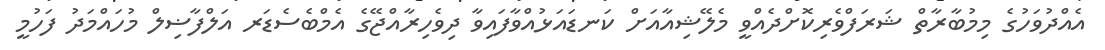
އެއްދުވަހުގެ މިމުބާރާތް ޝަރަފްވެރިކޮށްދެއްވީ މެލޭޝިއާއަށް ކަނޑައަޅުއްވާފައިވާ ދިވެހިރާއްޖޭގެ އެމްބެސެޑަރ އަލްފާޟިލް މުހައްމަދު ފަހުމީ